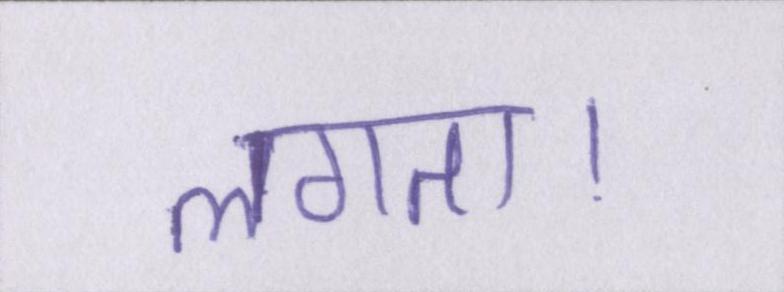
लगता।